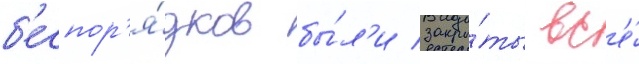
б'еспор'я́дков бы́л'и закры́ты вс'е́